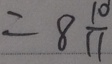
= 8 \frac { 1 0 } { 1 1 }